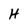
Character: H